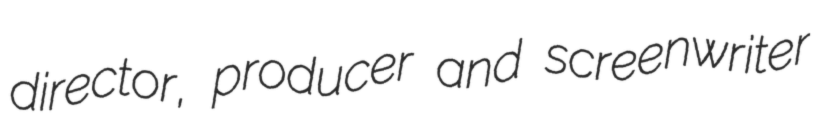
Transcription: director, producer and screenwriter